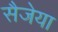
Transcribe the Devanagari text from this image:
सैजेया